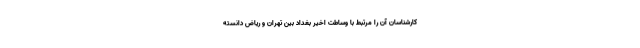
کارشناسان آن را مرتبط با وساطت اخیر بغداد بین تهران و ریاض دانسته